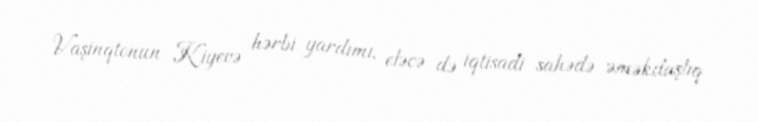
Vaşinqtonun Kiyevə hərbi yardımı, eləcə də iqtisadi sahədə əməkdaşlıq